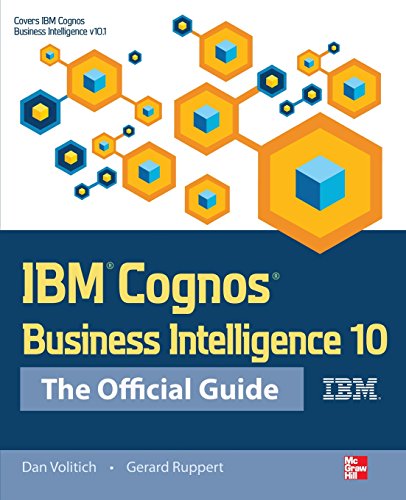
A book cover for IBM Cognos Business Intelligence 10: The Official Guide; Dan Volitich; Computers & Technology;